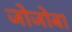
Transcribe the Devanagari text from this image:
जोजोबा